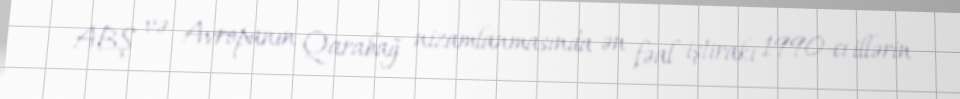
ABŞ və Avropanın Qarabağ nizamlanmasında ən fəal iştirakı 1990-cı illərin